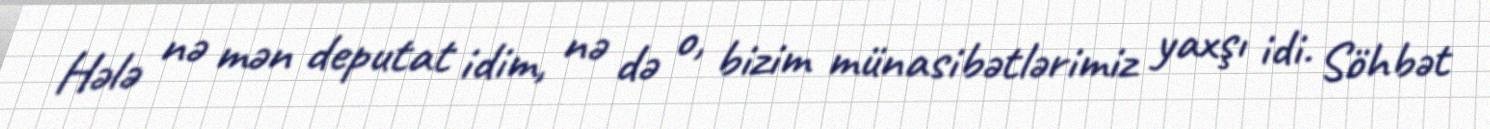
Hələ nə mən deputat idim, nə də o, bizim münasibətlərimiz yaxşı idi. Söhbət